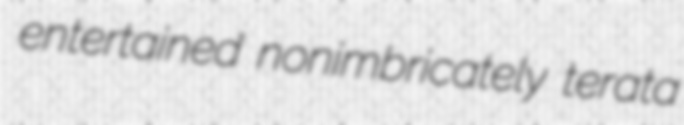
entertained nonimbricately terata